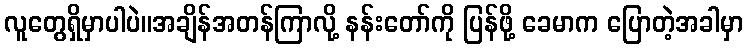
လူတွေရှိမှာပါပဲ။အချိန်အတန်ကြာလို့ နန်းတော်ကို ပြန်ဖို့ ခေမာက ပြောတဲ့အခါမှာ